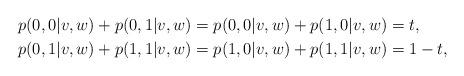
LaTeX: \begin{align*}p(0,0|v,w)+p(0,1|v,w) &= p(0,0|v,w)+p(1,0|v,w) = t, \\p(0,1|v,w)+p(1,1|v,w) &= p(1,0|v,w)+p(1,1|v,w) = 1-t,\end{align*}